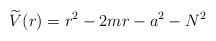
LaTeX: \begin{align*}\widetilde{V}(r)=r^{2}-2mr-a^{2}-N^{2} \end{align*}